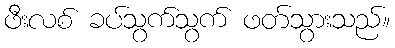
ဖီးလစ် ခပ်သွက်သွက် ဖတ်သွားသည်။